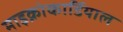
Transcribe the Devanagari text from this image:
माइक्रोकार्डियाल